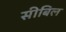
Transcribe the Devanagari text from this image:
सीबिल